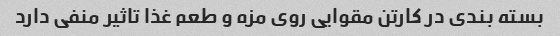
بسته بندی در کارتن مقوایی روی مزه و طعم غذا تاثیر منفی دارد